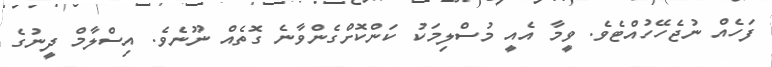
ފަހެއް ނުޖެހޭހުއްޓެވެ. ވީމާ އެއީ މުސްލިމަކު ކަންކޮށްގެންވާނެ ގޮތެއް ނޫނެވެ. އިސްލާމް ދީނުގެ